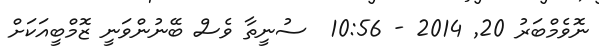
ނޮވެމްބަރު 20